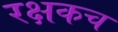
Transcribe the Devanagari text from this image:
रक्षकच